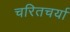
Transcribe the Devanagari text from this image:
चरितचर्या